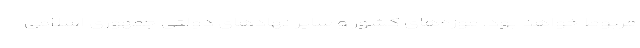
مربوط خواهد بود. موزه‌های کشور و سایر نهادهای دولتی جمهوری اسلامی